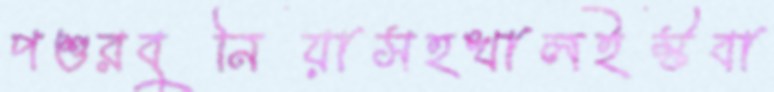
পশুরবুনিয়াসহখালইস্টবা